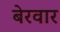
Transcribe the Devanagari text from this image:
बेरवार